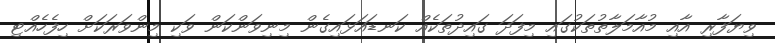
ވިޔަފާރި އާއި މުއާމަލާތުތަކުގައި މިފަދަ ގައިދުތަކެއް ކަނޑައަޅައިގެން މިނިވަންކަން ވަކި މިންވަރަކަށް ހިފެހެއްޓި